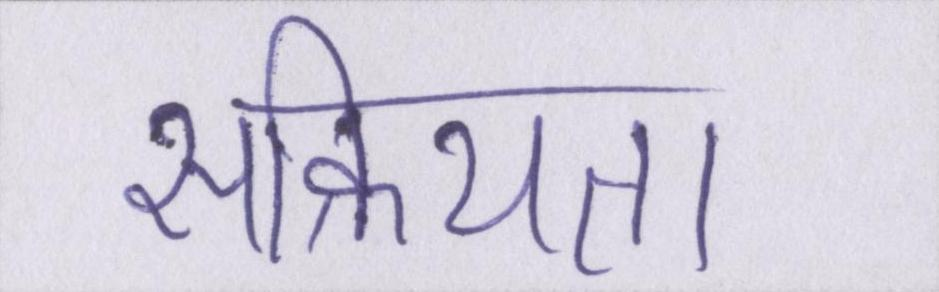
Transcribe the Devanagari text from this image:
सक्रियता